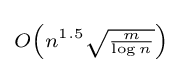
\scriptstyle O\left(n^{1.5}{\sqrt {\frac {m}{\log n}}}\right)